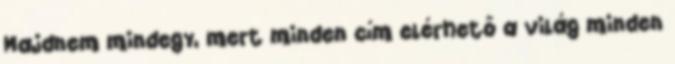
Majdnem mindegy, mert minden cím elérhető a világ minden